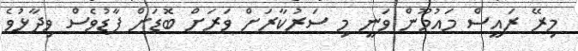
މިރޭ ރައީސް މައުމޫން ވަނީ މި ސަރުކާރަށް ވަރަށް ބޮޑަށް ފާޑުވެސް ވިދާޅުވެ